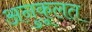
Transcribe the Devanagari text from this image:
अनुकूलत